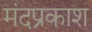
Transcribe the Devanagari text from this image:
मंदप्रकाश